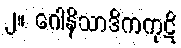
၂။ ဂေါနိသာဒိကကုဋိ